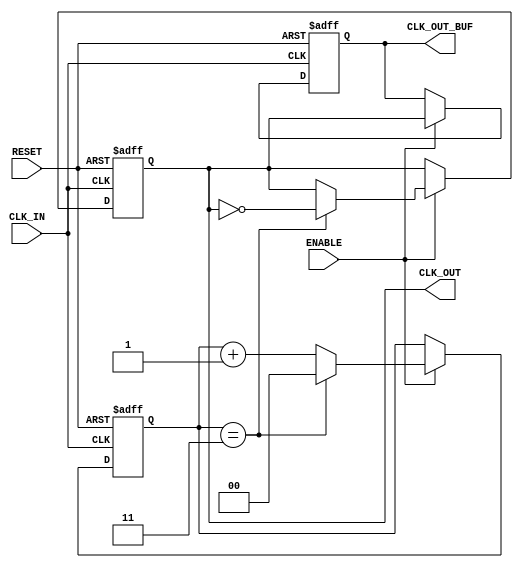
module clock_divider_buffer #(
    parameter N = 4  // Default division factor
)(
    input wire CLK_IN,        // Input clock
    input wire RESET,         // Asynchronous reset
    input wire ENABLE,        // Enable signal
    output reg CLK_OUT,       // Divided clock output
    output reg CLK_OUT_BUF    // Buffered clock output
);

    // Internal counter to keep track of clock cycles
    reg [$clog2(N)-1:0] counter = 0; // Counter width based on N

    // Always block for clock division and buffering
    always @(posedge CLK_IN or posedge RESET) begin
        if (RESET) begin
            counter <= 0;
            CLK_OUT <= 0;
            CLK_OUT_BUF <= 0;
        end else if (ENABLE) begin
            // Increment the counter
            counter <= counter + 1;

            // Generate divided clock output
            if (counter == (N-1)) begin
                CLK_OUT <= ~CLK_OUT; // Toggle the divided clock
                counter <= 0;        // Reset counter
            end
            
            // Buffered output
            CLK_OUT_BUF <= CLK_OUT; // Buffer the divided clock output
        end
    end

endmodule